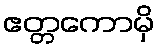
ဧတ္တကောမှိ